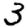
Digit: 3